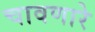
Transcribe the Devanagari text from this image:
चावणारे